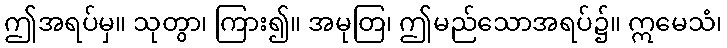
ဤအရပ်မှ။ သုတွာ၊ ကြား၍။ အမုတြ၊ ဤမည်သောအရပ်၌။ ဣမေသံ၊